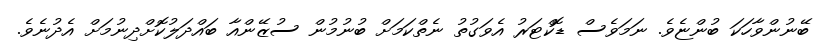
ބޭނުންވާހަކަ ބުންޏެވެ. ނަމަވެސް ޑޮކްޓަރު އެވަގުތު ނެތްކަމަށް ބުނުމުން ސުޒޭންއާ ބައްދަލުކޮށްދިނުމަށް އެދުނެވެ.